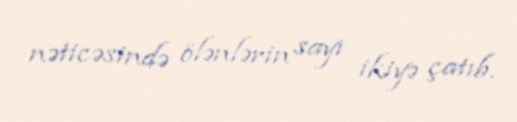
nəticəsində ölənlərin sayı ikiyə çatıb.